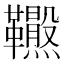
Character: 𩎂